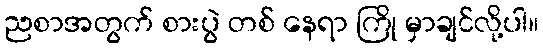
ညစာအတွက် စားပွဲ တစ် နေရာ ကြို မှာချင်လို့ပါ။